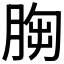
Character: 𦛴